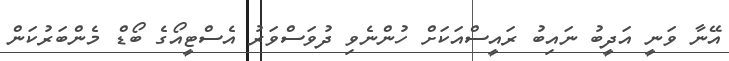
އޭނާ ވަނީ އަދީބު ނައިބު ރައީސްއަކަށް ހުންނެވި ދުވަސްވަރު އެސްޓީއޯގެ ބޯޑް މެންބަރުކަން